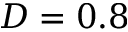
D = 0 . 8